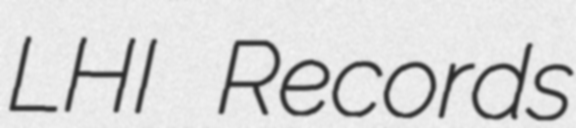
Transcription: LHI Records